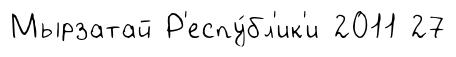
Мырзатай Р'еспу́бл'ик'и 2011 27